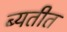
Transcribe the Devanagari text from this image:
ब्यतीत